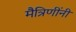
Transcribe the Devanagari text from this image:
मैत्रिणींनी